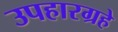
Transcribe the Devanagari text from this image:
उपहारग्रहे